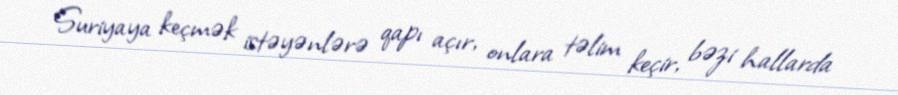
Suriyaya keçmək istəyənlərə qapı açır, onlara təlim keçir, bəzi hallarda